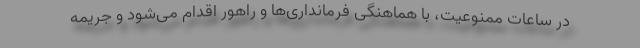
در ساعات ممنوعیت، با هماهنگی فرمانداری‌ها و راهور اقدام می‌شود و جریمه